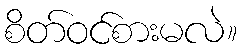
စိတ်ဝင်စားမလဲ။